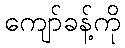
ကျော်ခန့်ကို